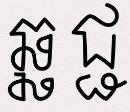
ឆ្ឆ ជ្ជ